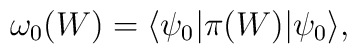
\omega_{0}(W) = \langle \psi_{0}|\pi(W)|\psi_{0}\rangle,